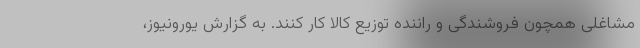
مشاغلی همچون فروشندگی و راننده توزیع کالا کار کنند. به گزارش یورونیوز،